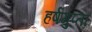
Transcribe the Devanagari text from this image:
हर्षगुप्ता